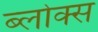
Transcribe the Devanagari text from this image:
ब्लोक्स